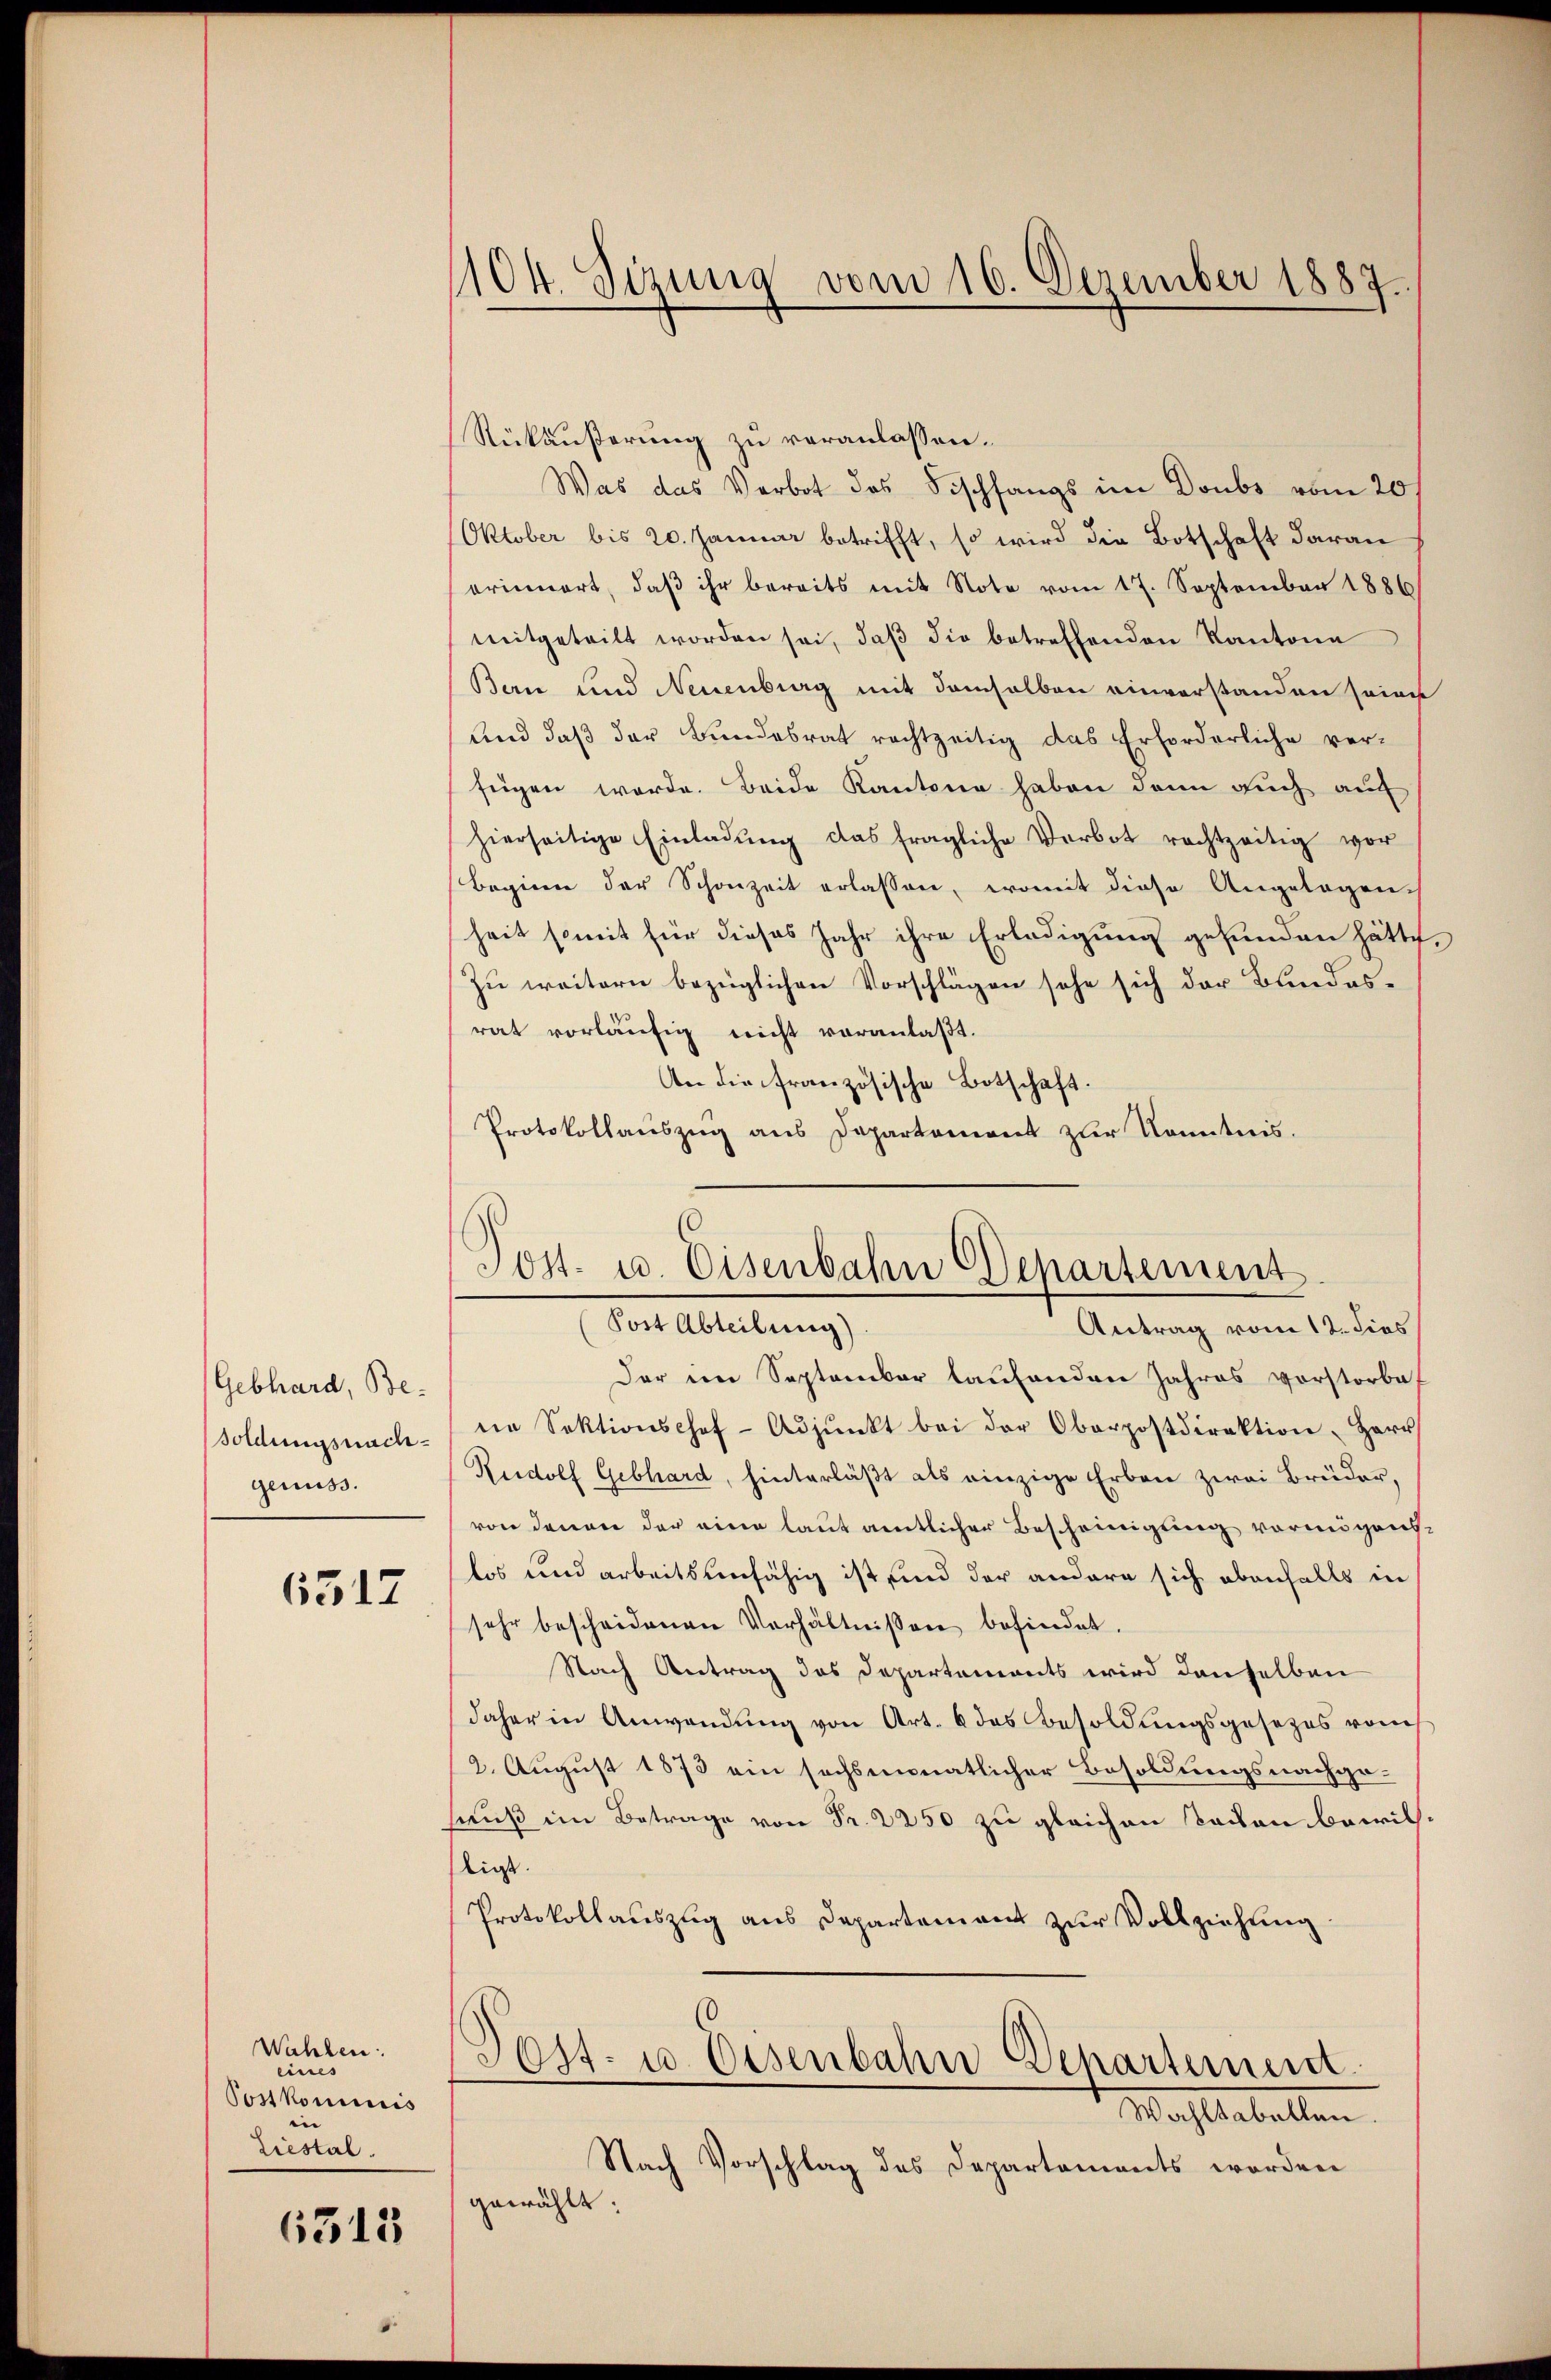
Gebhard, Besoldungsnachgenuss.

6517

Wahlen:
eines
Postkommis
Liestal.

6513

Rükäußerung zu veranlassen.
Was das Verbot des Fischfangs im Doubs vom 20t
Oktober bis 20. Januar betrifft, so wird die Botschaft daran
orinnert, daß ihr bereits mit Note vom 17. September 1886
mitgeteilt worden sei, daβ die betreffenden Kantone
Bern und Neuenburg mit demselben einverstanden seine
und daß der Bundesrat rechtzeitig das Erforderliche verfügen werde. Beide Kantone haben dann auch auf
hierseitige Einladŭng das fragliche Verbot rechtzeitig vor
Beginn der Schonzeit erlassen, womit diese Angelegen
heit somit für dieses Jahr ihre Erledigung gefunden hätte,
Zu weitern bezüglichen Vorschlägen sehe sich der Bundes-
rat vorläufig nicht veranlaßt.
An die französische Botschaft.
Protokollaŭszŭg ans Departament zur Kenntnis.

1104. Sizung vom 16. Dezember 1887.

Post. 10. Eisenbahn Departement
(Post Abteilung)
Antrag vom 12. dies

Der im September laufenden Jahres vorstorbe
ne Sektionshof-Adjunkt bei der Oberpostdirektion, Herr
Rudolf Gebhard, hinterläßt als einzige Erben zwei Brüder,
von denen der eine laut amtlicher Bescheinigung vermögen.
los und arbeitsunfähig ist und der andere sich ebenfalls in
sehr bescheidenen Verhältnissen befindet.
Nach Antrag des Departements wird denselben
daher in Anwendung von Art. 6 das Besoldungsgesezes vom
2. August 1873 ein sechsmonatlicher Besoldungsnachge-
muß im Betrage von Fr. 2250 zu gleichen Baden bewil
ligt.
Protokollauszug aus Departement zur Vollziehung
Post- u. Eisenbahn Departement.
Wachstabellen.
Nach Vorschlag des Departements worden
gewählt: